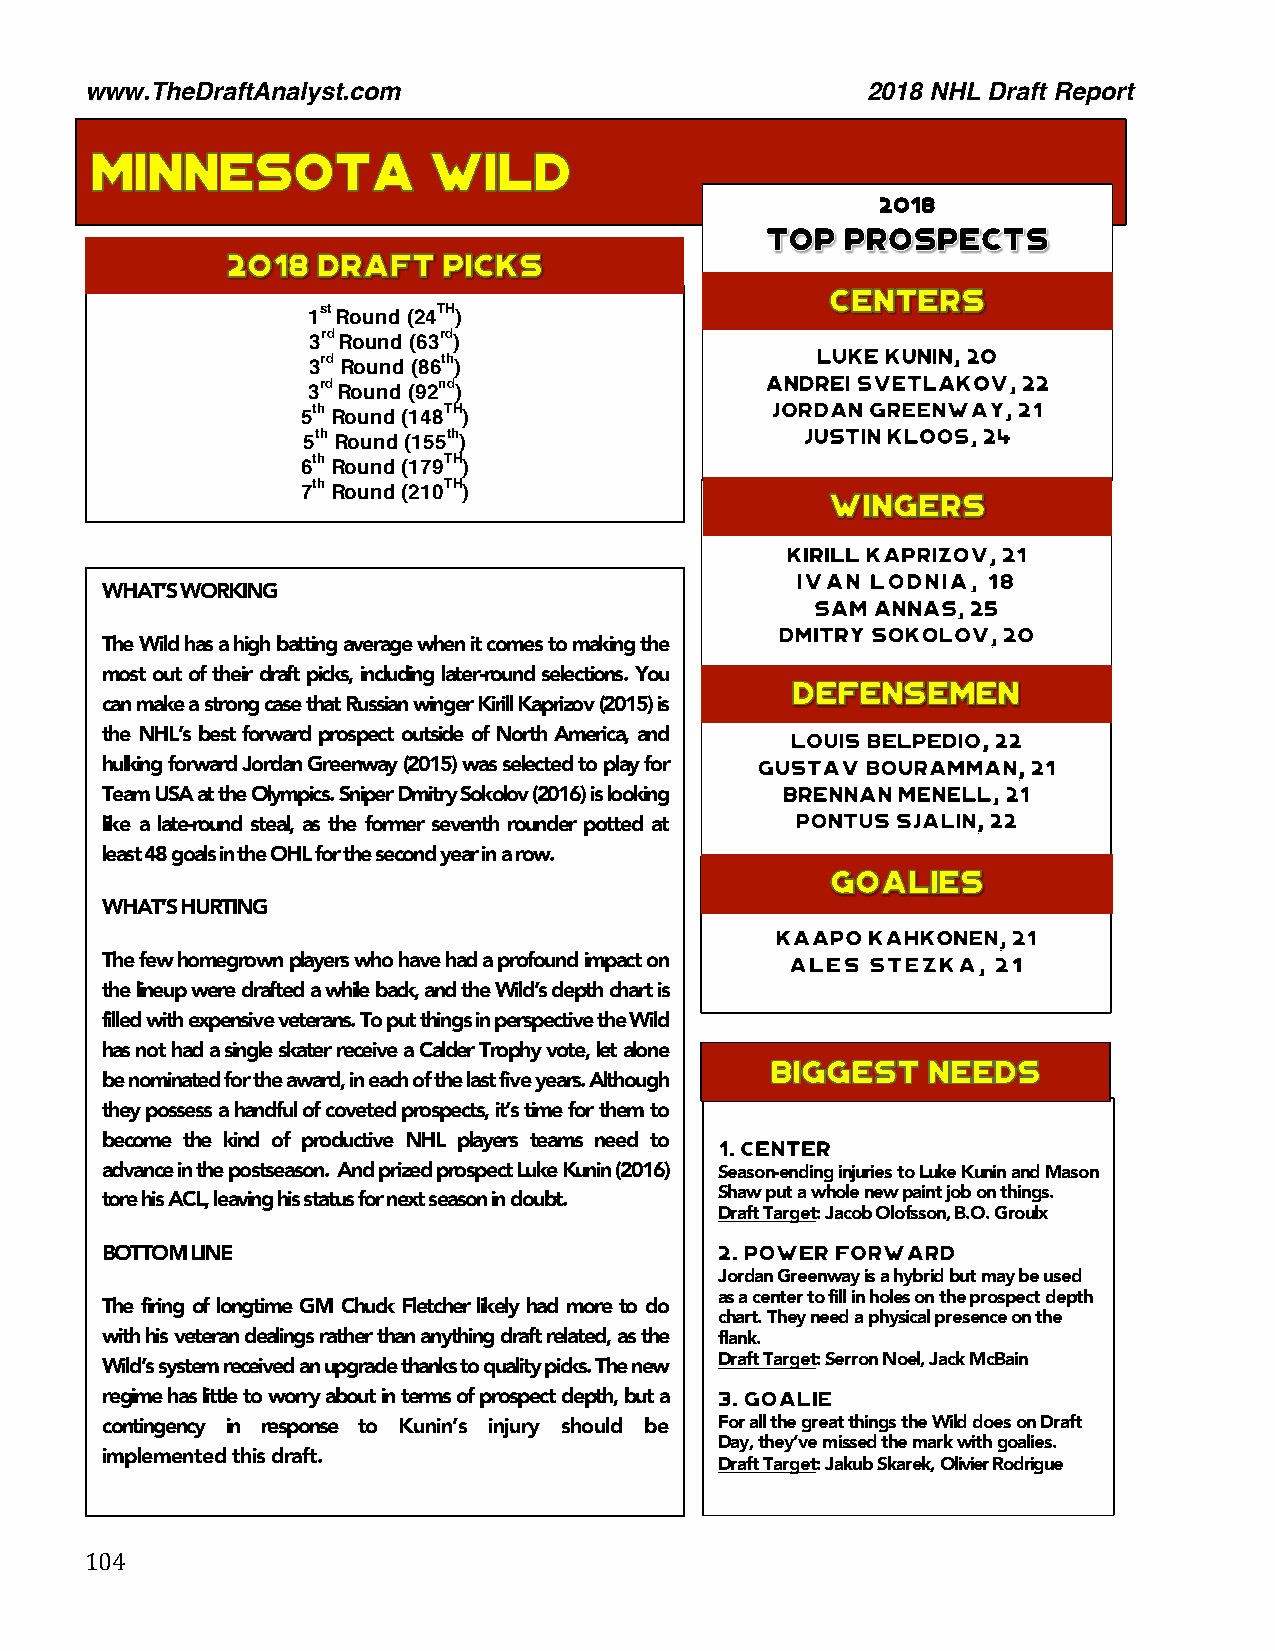
www.TheDraftAnalyst.com                            2018 NHL Draft Report
 2018
 1st Round (24TH)
 3rd Round (63rd)
 3rd Round (86th)
 3rd Round (92nd)
 5th Round (148TH)
 5th Round (155th)
 6th Round (179TH)
 7th Round (210TH)
 WHAT’S WORKING
 The Wild has a high batting average when it comes to making the
 most out of their draft picks, including later-round selections. You
 can make a strong case that Russian winger Kirill Kaprizov (2015) is
 the NHL’s best forward prospect outside of North America, and
 hulking forward Jordan Greenway (2015) was selected to play for
 Team USA at the Olympics. Sniper Dmitry Sokolov (2016) is looking
 like a late-round steal, as the former seventh rounder potted at
 least 48 goals in the OHL for the second year in a row.
 WHAT’S HURTING
 The few homegrown players who have had a profound impact on
 the lineup were drafted a while back, and the Wild’s depth chart is
 filled with expensive veterans. To put things in perspective the Wild
 has not had a single skater receive a Calder Trophy vote, let alone
 be nominated for the award, in each of the last five years. Although
 they possess a handful of coveted prospects, it’s time for them to
 become the kind of productive NHL players teams need to
 advance in the postseason. And prized prospect Luke Kunin (2016) Season-ending injuries to Luke Kunin and Mason
 tore his ACL, leaving his status for next season in doubt. Shaw put a whole new paint job on things.
 Draft Target: Jacob Olofsson, B.O. Groulx
 140.
 BOTTOM LINE
 Jordan Greenway is a hybrid but may be used
 as a center to fill in holes on the prospect depth
 The firing of longtime GM Chuck Fletcher likely had more to do
 chart. They need a physical presence on the
 with his veteran dealings rather than anything draft related, as the flank.
 Wild’s system received an upgrade thanks to quality picks. The ne1w43 . Draft Target: Serron Noel, Jack McBain
 regime has little to worry about in terms of prospect depth, but a
 contingency in response to Kunin’s injury should be For all the great things the Wild does on Draft
 Day, they’ve missed the mark with goalies.
 implemented this draft.
 Draft Target: Jakub Skarek, Olivier Rodrigue
 104